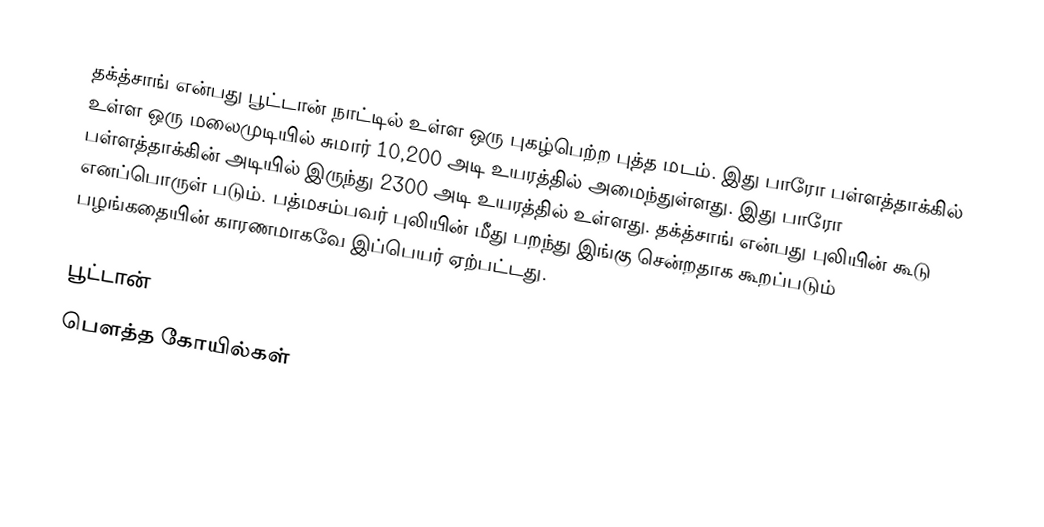
தக்த்சாங் என்பது பூட்டான் நாட்டில் உள்ள ஒரு புகழ்பெற்ற புத்த மடம். இது பாரோ பள்ளத்தாக்கில் உள்ள ஒரு மலைமுடியில் சுமார் 10,200 அடி உயரத்தில் அமைந்துள்ளது. இது பாரோ பள்ளத்தாக்கின் அடியில் இருந்து 2300 அடி உயரத்தில் உள்ளது. தக்த்சாங் என்பது புலியின் கூடு எனப்பொருள் படும். பத்மசம்பவர் புலியின் மீது பறந்து இங்கு சென்றதாக கூறப்படும் பழங்கதையின் காரணமாகவே இப்பெயர் ஏற்பட்டது.

பூட்டான்
பௌத்த கோயில்கள்